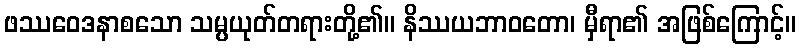
ဖဿဝေဒနာစသော သမ္ပယုတ်တရားတို့၏။ နိဿယဘာဝတော၊ မှီရာ၏ အဖြစ်ကြောင့်။